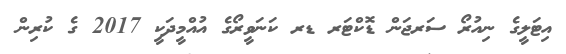
އިޓަލީގެ ނިއުރޯ ސަރޖަން ޑޮކްޓަރ ޑރ ކަނަވީރޯގެ އުއްމީދަކީ 2017 ގެ ކުރިން